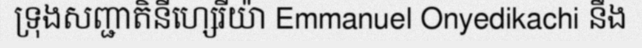
ទ្រុងសញ្ជាតិនីហ្សេរីយ៉ា Emmanuel Onyedikachi នឹង